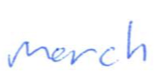
Text: March
Cross-out: clean
Writing tool: ballpoint